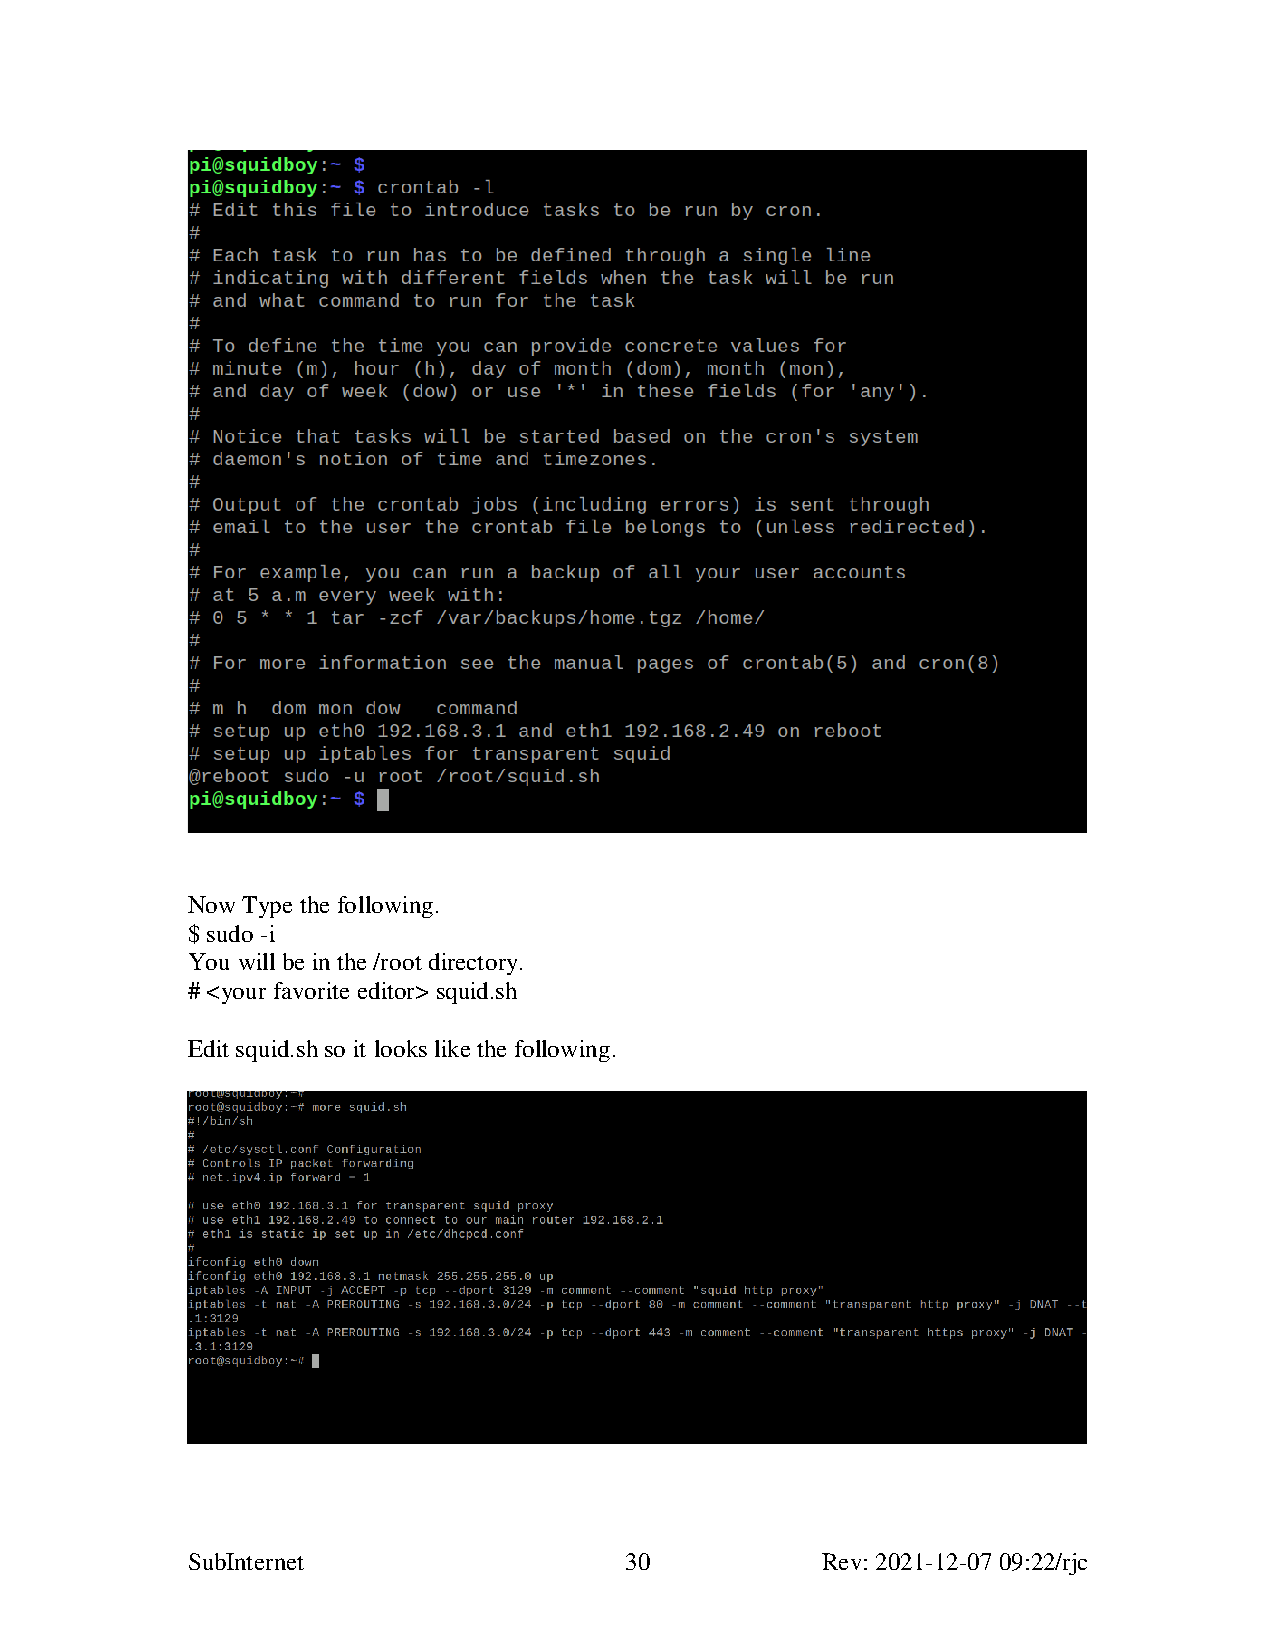
Now Type the following.
 $ sudo -i
 You will be in the /root directory.
 # <your favorite editor> squid.sh
 Edit squid.sh so it looks like the following.
 SubInternet                  30           Rev: 2021-12-07 09:22/rjc